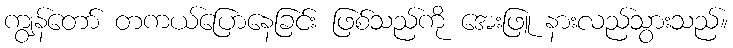
ကျွန်တော် တကယ်ပြောနေခြင်း ဖြစ်သည်ကို အေးဖြူ နားလည်သွားသည်။